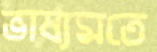
ভাষ্যমতে